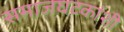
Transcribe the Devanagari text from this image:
समाजघटकांशी